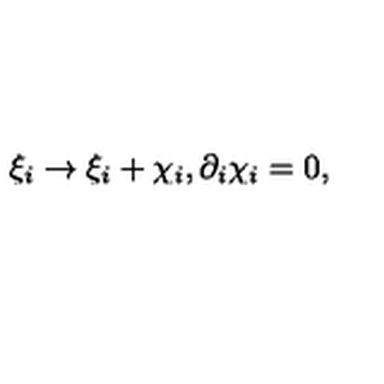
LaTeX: \xi _ { i } \to \xi _ { i } + \chi _ { i } , \partial _ { i } \chi _ { i } = 0 ,